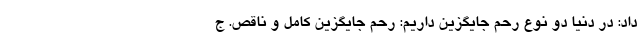
داد: در دنیا دو نوع رحم جایگزین داریم: رحم جایگزین کامل و ناقص. ج